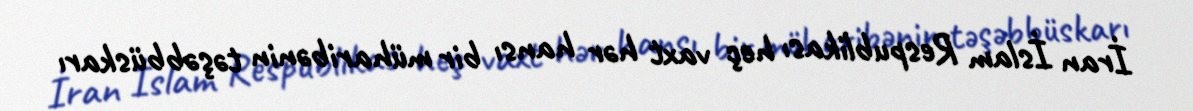
İran İslam Respublikası heç vaxt hər hansı bir müharibənin təşəbbüskarı